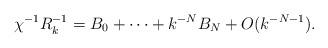
LaTeX: \begin{align*} \chi^{-1} R_k^{-1} = B_0 + \cdots + k^{-N} B_N + O(k^{-N-1}).\end{align*}